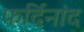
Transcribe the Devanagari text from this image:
फर्दिनांद